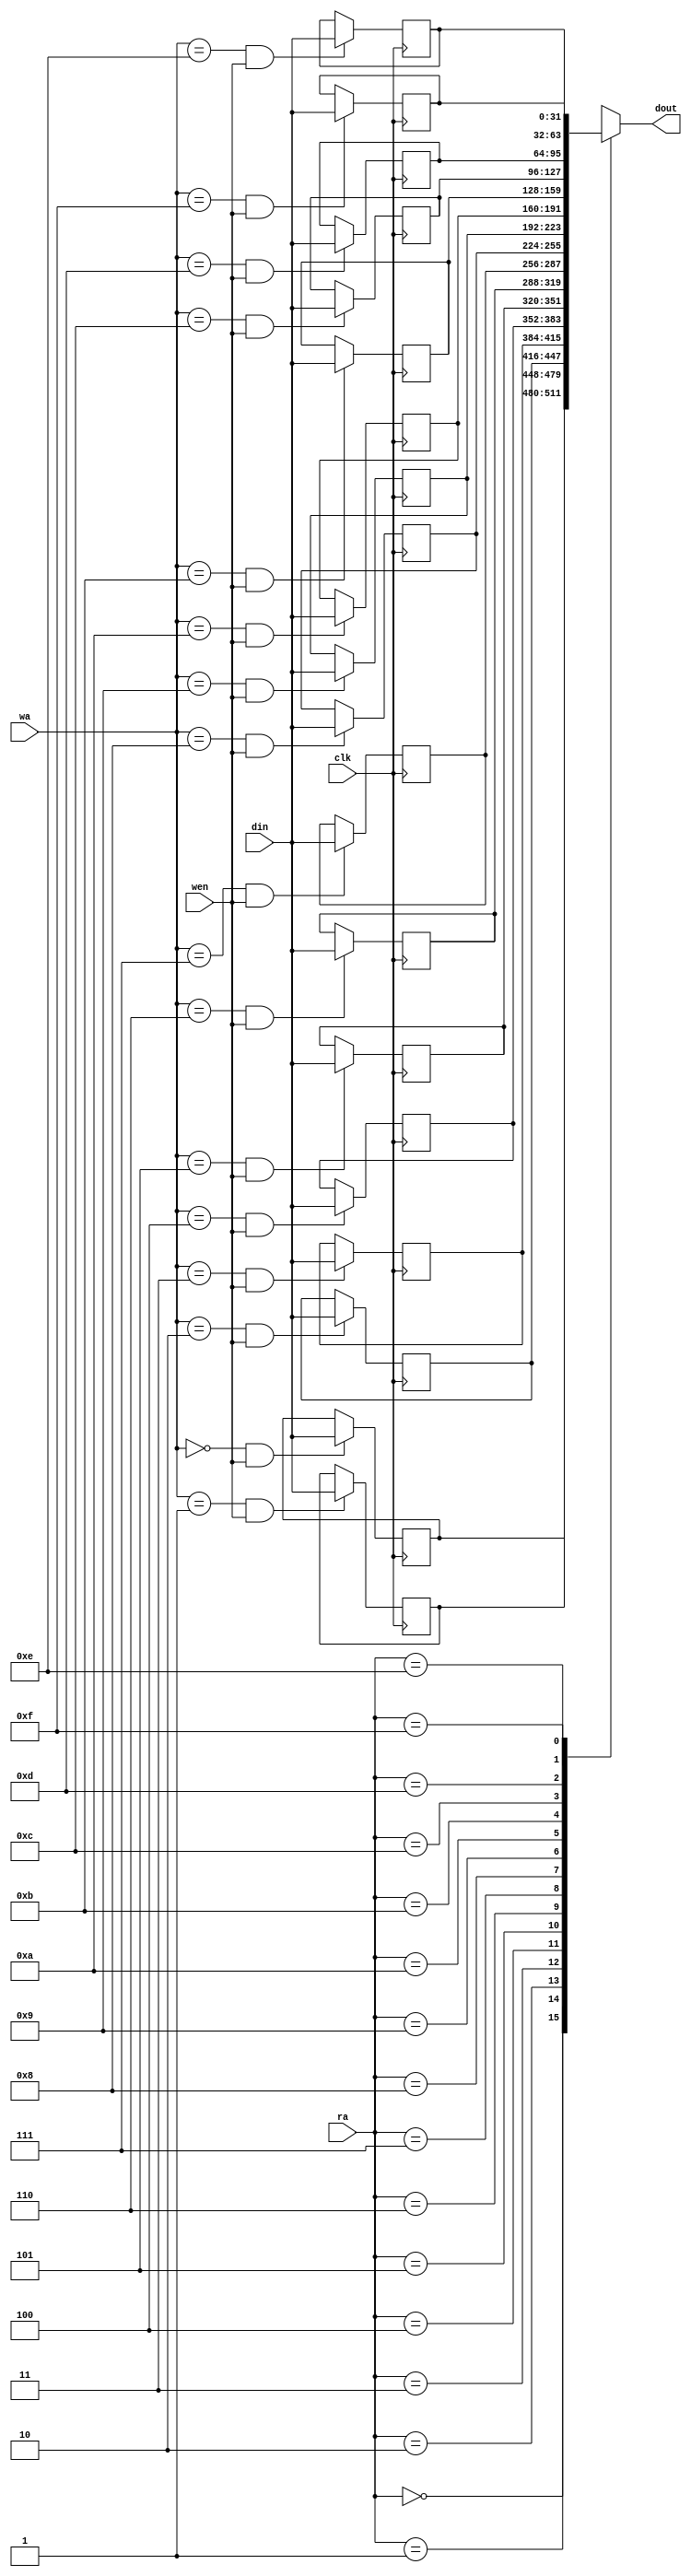
`timescale 1ns/1ps

module rf32 (ra, wa, wen, din, clk, dout);

input [3:0] ra, wa;
input wen;
input [31:0] din;
input clk;
output reg [31:0] dout;


reg [31:0] r [15:0];
wire [15:0] y;
integer i;

assign y[0] = (wa == 4'b0000) && wen;
assign y[1] = (wa == 4'b0001) && wen;
assign y[2] = (wa == 4'b0010) && wen;
assign y[3] = (wa == 4'b0011) && wen;
assign y[4] = (wa == 4'b0100) && wen;
assign y[5] = (wa == 4'b0101) && wen;
assign y[6] = (wa == 4'b0110) && wen;
assign y[7] = (wa == 4'b0111) && wen;
assign y[8] = (wa == 4'b1000) && wen;
assign y[9] = (wa == 4'b1001) && wen;
assign y[10] = (wa == 4'b1010) && wen;
assign y[11] = (wa == 4'b1011) && wen;
assign y[12] = (wa == 4'b1100) && wen;
assign y[13] = (wa == 4'b1101) && wen;
assign y[14] = (wa == 4'b1110) && wen;
assign y[15] = (wa == 4'b1111) && wen;



always @(posedge clk) begin
  for (i=0; i<16; i=i+1) 
    if (y[i]) r[i]<=din;
end

always @(*)
  begin
  dout <= r[ra];
  end


endmodule